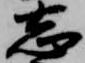
志